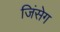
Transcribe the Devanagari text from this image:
जिंसेग